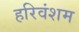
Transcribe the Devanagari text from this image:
हरिवंशम